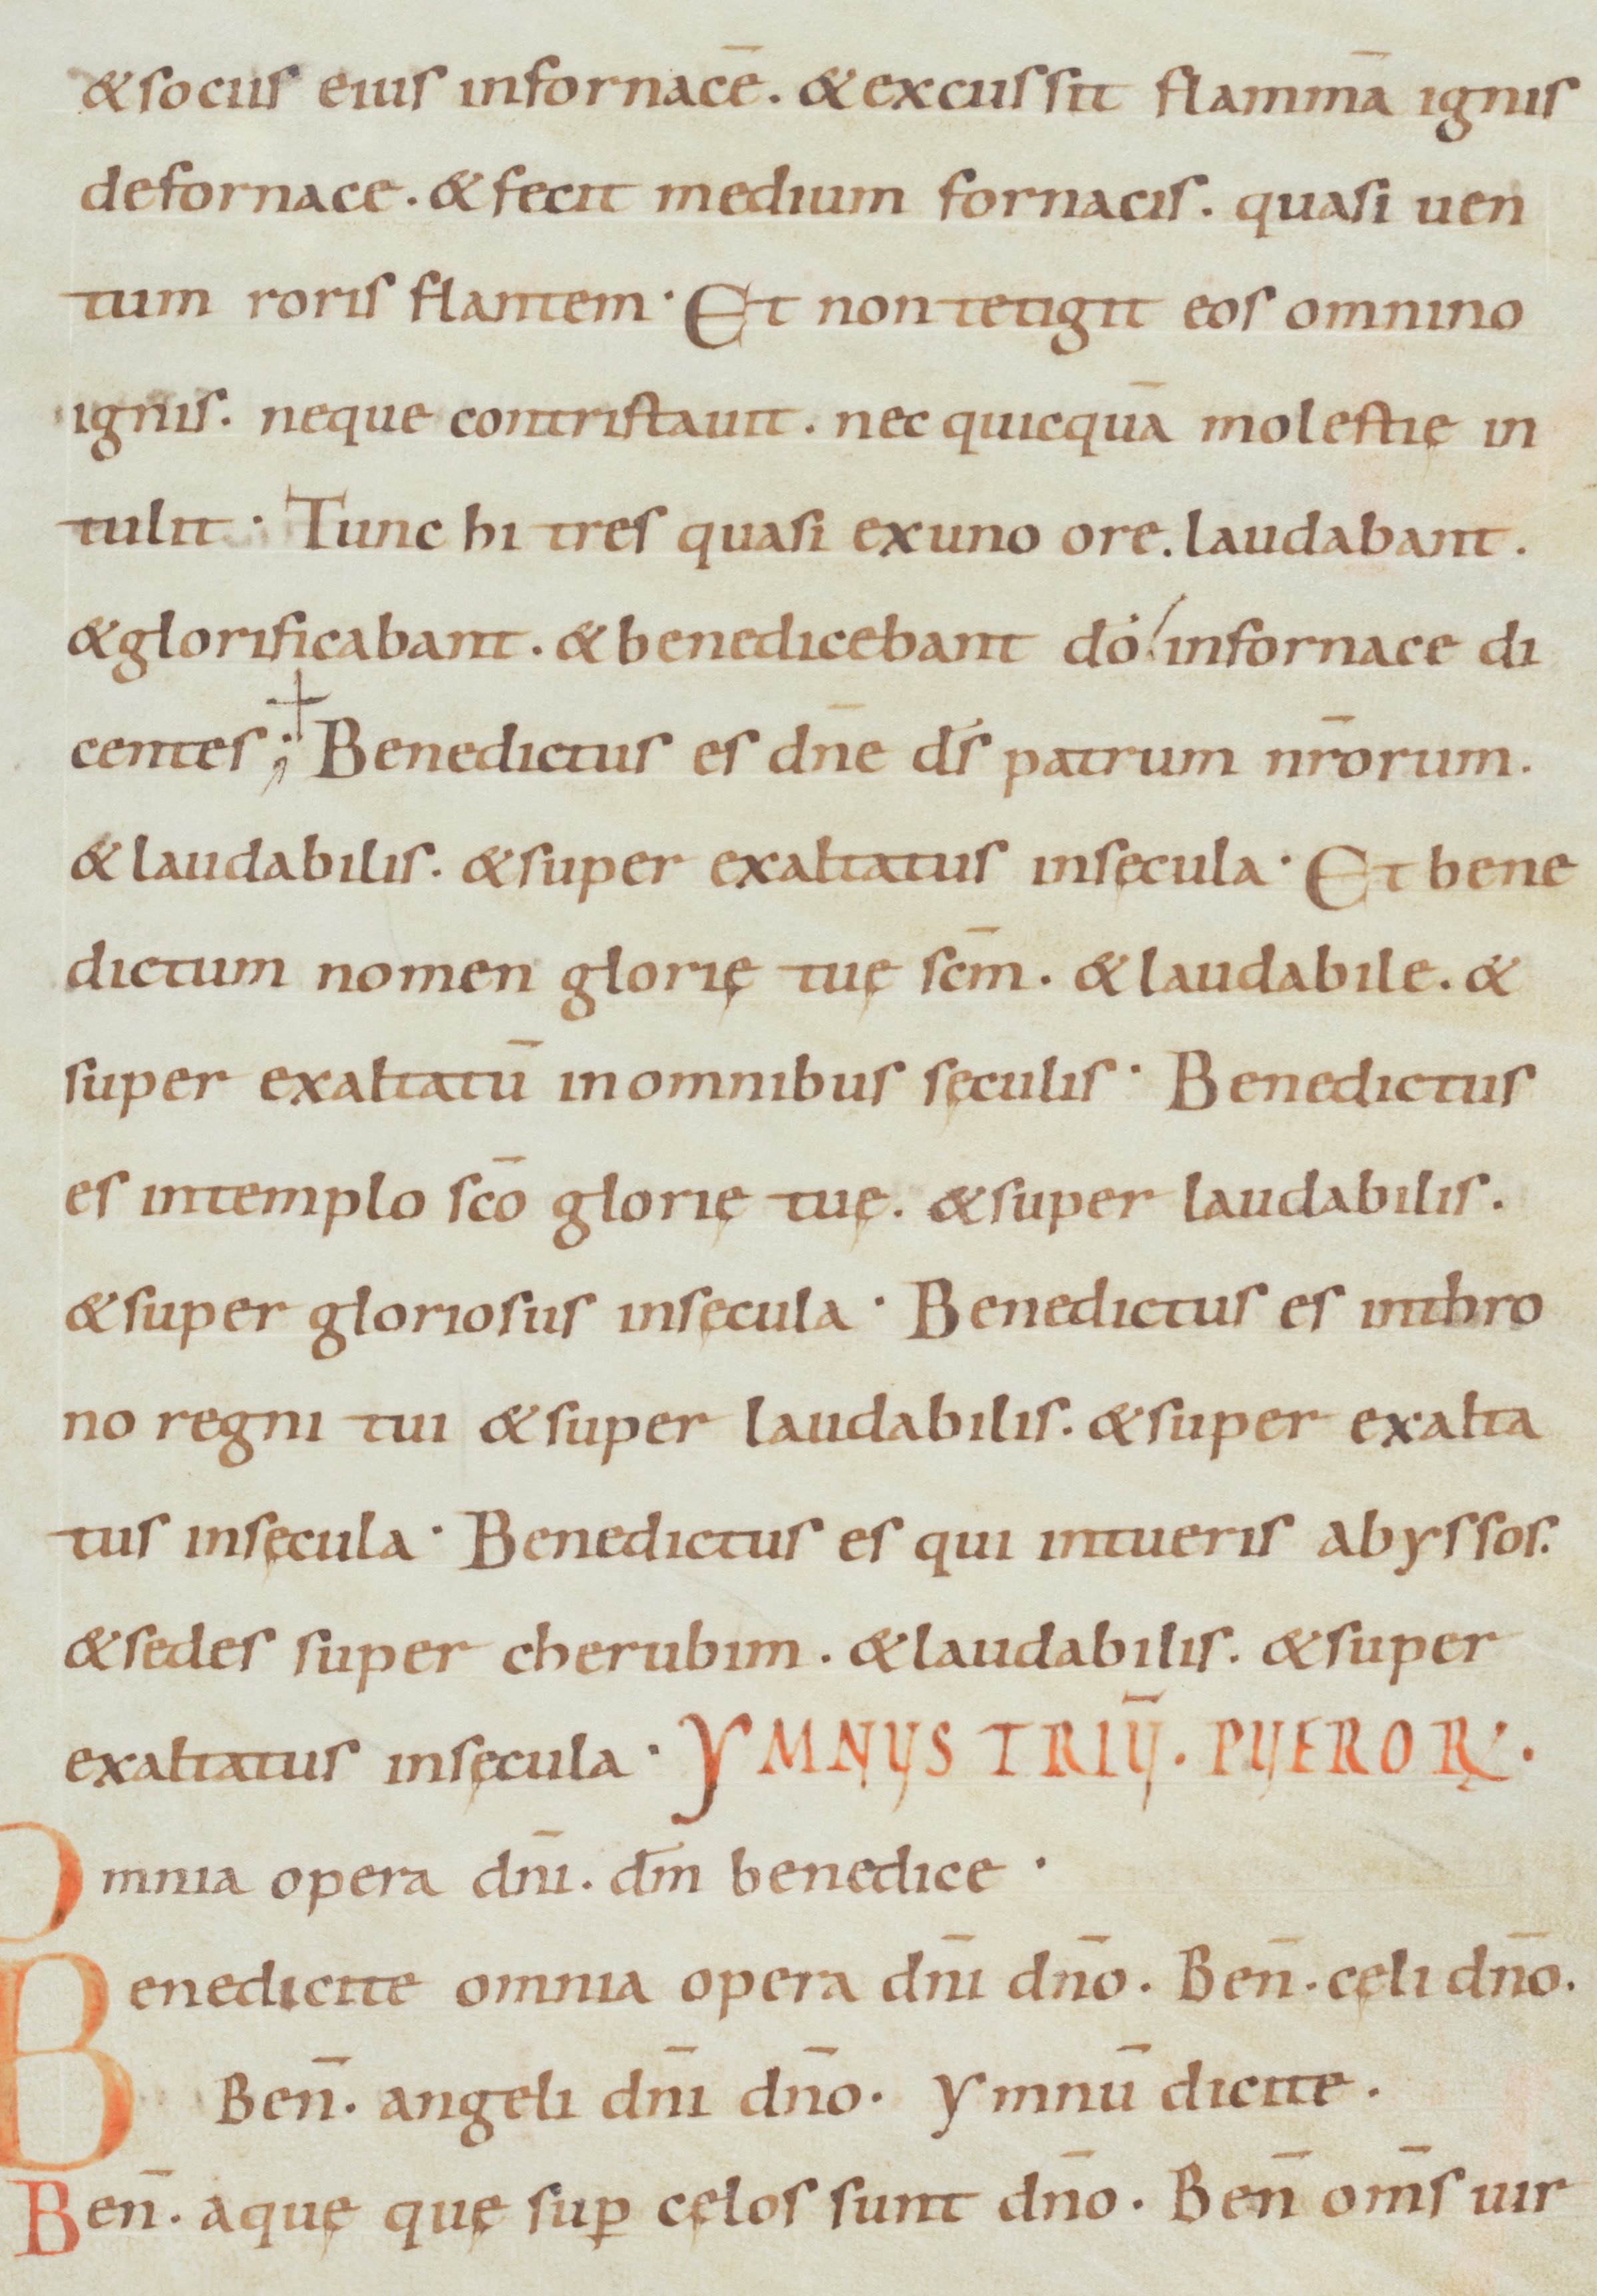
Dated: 900–949